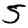
Digit: 5